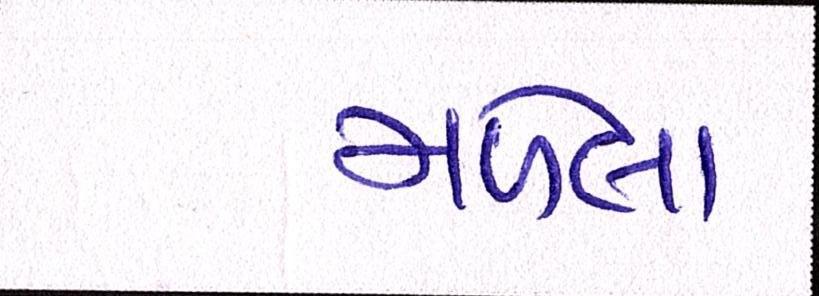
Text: મળેલાં